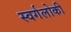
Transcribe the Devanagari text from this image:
स्वर्गलोकी